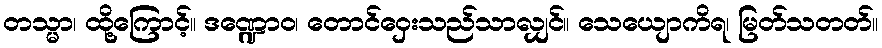
တသ္မာ၊ ထို့ကြောင့်။ ဒဏ္ဍောဝ၊ တောင်ဝှေးသည်သာလျှင်။ သေယျောကိရ၊ မြတ်သတတ်။